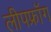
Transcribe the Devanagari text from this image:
लीपफ्रॉग